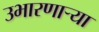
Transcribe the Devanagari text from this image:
उभारणार्‍या